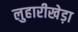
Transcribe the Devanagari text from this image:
लुहारीखेड़ा